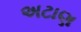
અટાણ